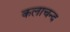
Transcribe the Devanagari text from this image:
कलाचन्द